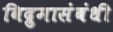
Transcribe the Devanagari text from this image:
विद्रुमासंबंधी